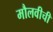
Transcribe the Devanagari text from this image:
मौलवीची